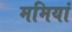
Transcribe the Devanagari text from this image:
ममियां